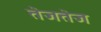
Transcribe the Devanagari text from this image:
तेजतेज